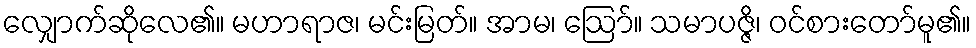
လျှောက်ဆိုလေ၏။ မဟာရာဇ၊ မင်းမြတ်။ အာမ၊ ဩော်။ သမာပဇ္ဇိ၊ ဝင်စားတော်မူ၏။